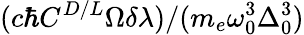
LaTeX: (c\hbar C^{D/L}\Omega\delta\lambda)/(m_{e}\omega_{0}^{3}\Delta_{0}^{3})